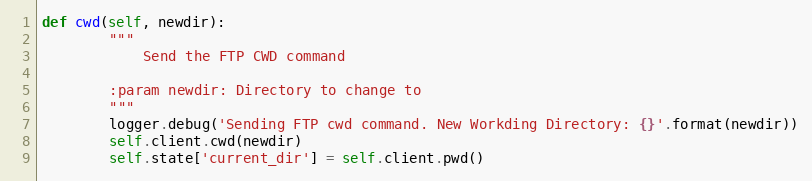
Language: Python
def cwd(self, newdir):
        """
            Send the FTP CWD command

        :param newdir: Directory to change to
        """
        logger.debug('Sending FTP cwd command. New Workding Directory: {}'.format(newdir))
        self.client.cwd(newdir)
        self.state['current_dir'] = self.client.pwd()